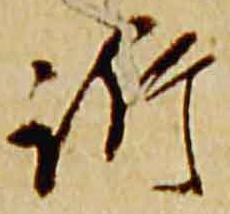
訴